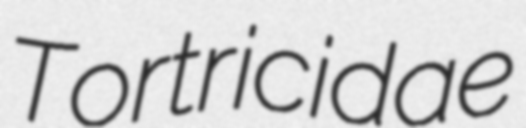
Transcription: Tortricidae